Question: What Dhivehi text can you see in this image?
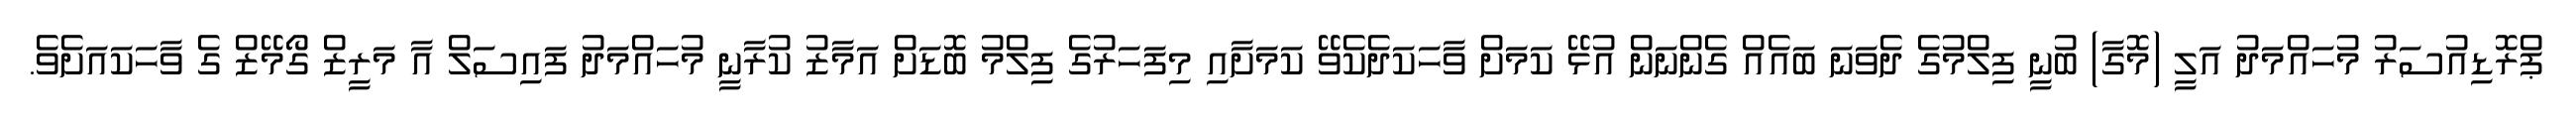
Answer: ޕްރޮޑިއުސަރު މުހައްމަދު އަލީ (މޮގާ) ބުނީ ފިލްމުގެ ދެވަނަ ބައެއް ގެންނަން އުޅޭ ކަމަށް ވާހަކަދެކެވޭ ކަމަށާއި މިފަހަރުގެ ފިލްމު ބޮޑަށް އަމާޒު ކުރާނީ މުހައްމަދު ފައިސަލް އާ މަރީޒް ގޯމޭޒް ގެ ވާހަކައަށެވެ.